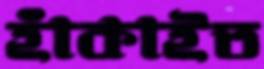
হাঁকাইত